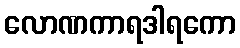
လောဏကာရဒါရကော